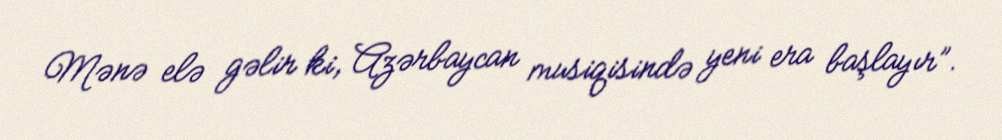
Mənə elə gəlir ki, Azərbaycan musiqisində yeni era başlayır”.